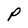
Character: P